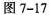
图 7-17